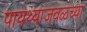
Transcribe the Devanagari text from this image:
पायथ्याजवळच्या